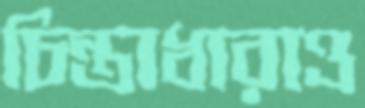
চিন্তাধারাও